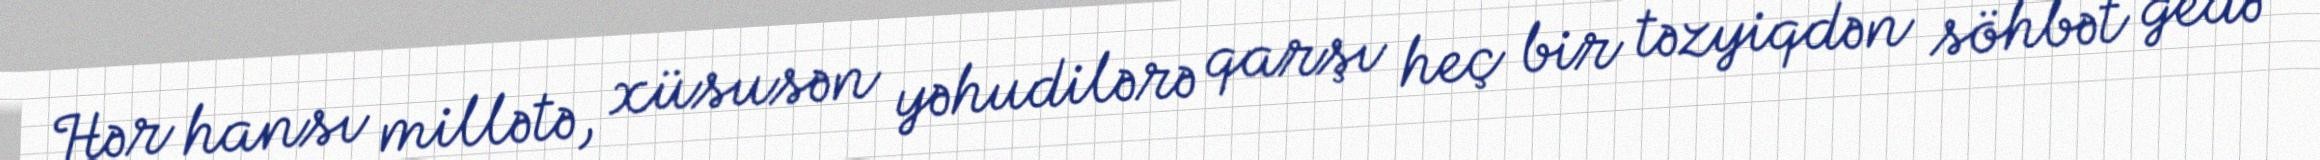
Hər hansı millətə, xüsusən yəhudilərə qarşı heç bir təzyiqdən söhbət gedə